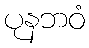
ပုနဘဝံ